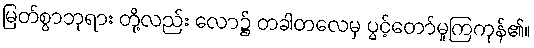
မြတ်စွာဘုရား တို့လည်း လော၌ တခါတလေမှ ပွင့်တော်မူကြကုန်၏။